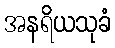
အနရိယသုခံ